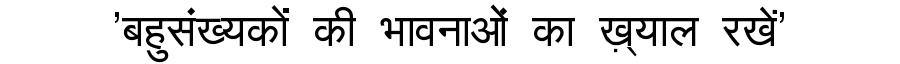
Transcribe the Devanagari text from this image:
'बहुसंख्यकों की भावनाओं का ख़्याल रखें'